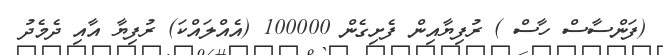
(ފަންސާސް ހާސް ) ރުފިޔާއިން ފެށިގެން 100000 (އެއްލައްކަ) ރުފިޔާ އާއި ދެމެދު